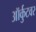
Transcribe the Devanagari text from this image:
ऑर्कुटवर